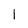
Character: 1